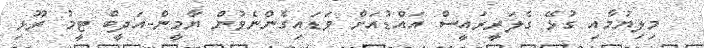
މިލިޔުމާއި ގުޅޭ ގެލަރީރައީސް އައްޑުއަށް ވަޑައިގެންނެވުން ޔާމީން-އަދީބް ޓީމު ރޫޅި